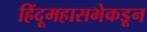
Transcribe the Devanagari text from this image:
हिंदूमहासभेकडून